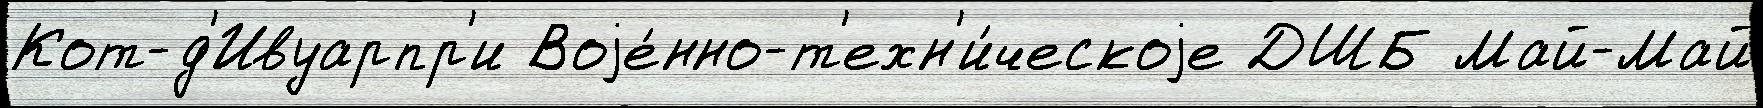
Кот-д'Ивуарпр'и Воjе́нно-т'ехн'и́ческоjе ДШБ Май-Май